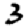
Digit: 3